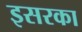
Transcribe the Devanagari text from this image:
इसरका